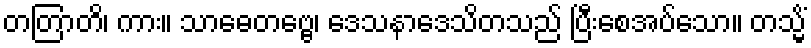
တတြာတိ၊ ကား။ သာဓေတဗ္ဗေ၊ ဒေသနာဒေသိတသည် ပြီးစေအပ်သော။ တသ္မိံ